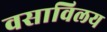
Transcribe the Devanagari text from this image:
वसाविलय